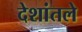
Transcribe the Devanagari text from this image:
देशांतले